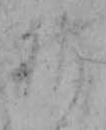
神